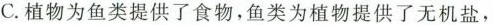
C.植物为鱼类提供了食物，鱼类为植物提供了无机盐，